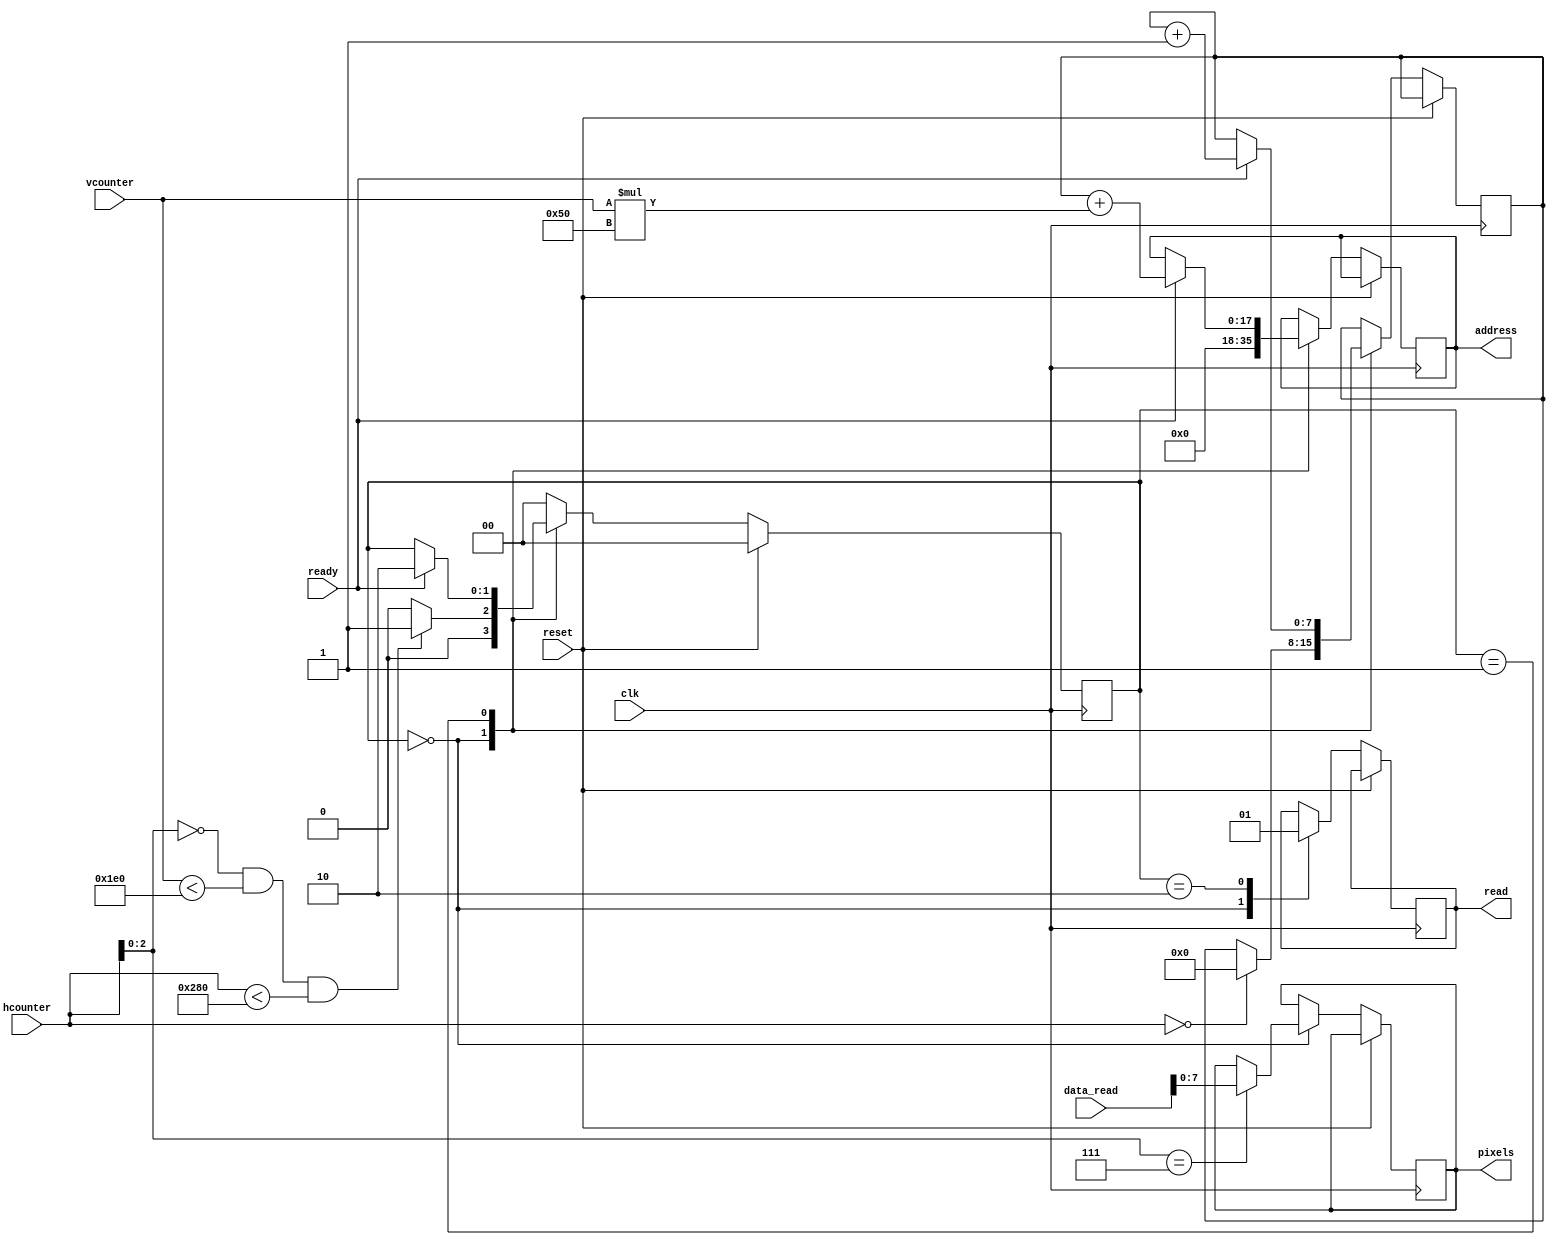
module pixel_buffer(
    input wire clk,
    input wire reset,
    input wire ready,

    output reg [17:0] address,
    input wire [15:0] data_read,
    output reg read,

    output reg [7:0] pixels,
    input wire [10:0] hcounter,
    input wire [9:0] vcounter
);

    reg [1:0] ram_state = STATE_IDLE;
    reg [7:0] line_buffer_index; // offset into memory for each block of 8 pixels

    // SRAM buffer state machine            // 7654 on the pmod tek adapter
    localparam STATE_IDLE = 0;              // 0000
    localparam STATE_READ = 1;              // 0001
    localparam STATE_READ_WAIT = 2;         // 0010

    always @(posedge clk) begin
        if( reset == 1 ) begin
            ram_state <= STATE_IDLE;
        end
        else begin
        case(ram_state)
            STATE_IDLE: begin
                ram_state <= STATE_IDLE;
                read <= 0;
                address <= 0;

                if(hcounter == 0)
                    line_buffer_index <= 0;     // reset counter
                if(hcounter[2:0] == 4'b111) 
                    pixels <= data_read[7:0];   // update the output from the buffer - bit 13 is not working, so only use lower byte
                if(hcounter[2:0] == 4'b000 && vcounter < 480 && hcounter < 640) begin     // at the end of the visible line
                    ram_state <= STATE_READ;    // read the next line of buffer from sram into bram
                end
            end
            STATE_READ: begin
               if(ready) begin
                   line_buffer_index <= line_buffer_index + 1;
                   address <= line_buffer_index + vcounter * 80;
                   ram_state <= STATE_READ_WAIT;
               end
            end
            STATE_READ_WAIT: begin
               ram_state <= STATE_IDLE;
               read <= 1;
            end
            default: ram_state <= STATE_IDLE;
        endcase
        end
    end


endmodule